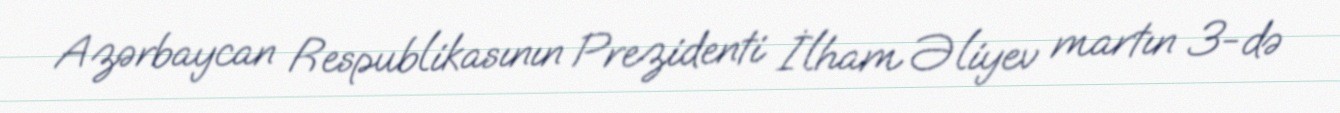
Azərbaycan Respublikasının Prezidenti İlham Əliyev martın 3-də